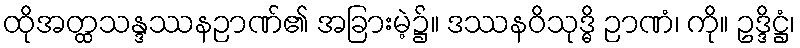
ထိုအတ္ထသန္ဒဿနဉာဏ်၏ အခြားမဲ့၌။ ဒဿနဝိသုဒ္ဓိ ဉာဏံ၊ ကို။ ဥဒ္ဒိဋ္ဌံ၊